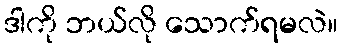
ဒါကို ဘယ်လို သောက်ရမလဲ။